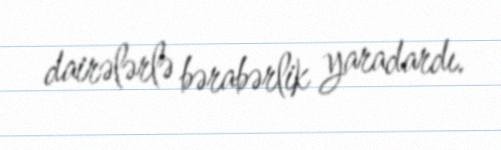
dairələrlə bərabərlik yaradardı.